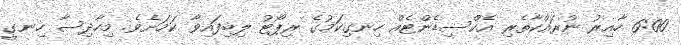
6:00 ހާއިރު ނުރައްކާތެރި އެކްސިޑެންޓެއް ހިނގިކަމުގެ ރިޕޯޓު ލިބިފައިވާ ކަމަށެވެ. މިހާދިސާ ހިނގީ